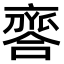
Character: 𠆗